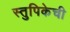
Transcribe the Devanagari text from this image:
स्तुपिकेची